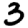
Digit: 3